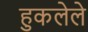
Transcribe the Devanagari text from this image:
हुकलेले